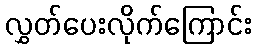
လွှတ်ပေးလိုက်ကြောင်း